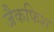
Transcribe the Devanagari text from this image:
जैकफिश